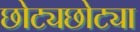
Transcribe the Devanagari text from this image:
छोट्यछोट्या